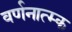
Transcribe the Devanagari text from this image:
वर्णनात्म्क